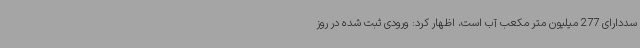
سددارای 277 میلیون متر مکعب آب است، اظهار کرد: ورودی ثبت شده در روز